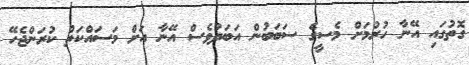
ގޮތުގައި އޭނާ ހުރުމަށް މެސީގެ ސަބަބުން އަބަދުވެސް އޭނާ އަށް މަސައްކަތް ކުރަންޖެހޭ